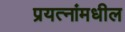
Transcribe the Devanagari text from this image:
प्रयत्‍नांमधील